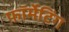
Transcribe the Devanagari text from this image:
फ़ॉर्मेटिंग